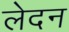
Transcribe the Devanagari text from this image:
लेदन